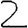
Digit: 2